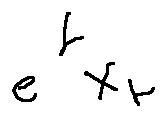
e ^ { t } X _ { t }